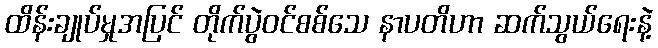
ထိန်းချုပ်မှုအပြင် တိုက်ပွဲဝင်စစ်သေ နာပတိဟာ ဆက်သွယ်ရေးနဲ့